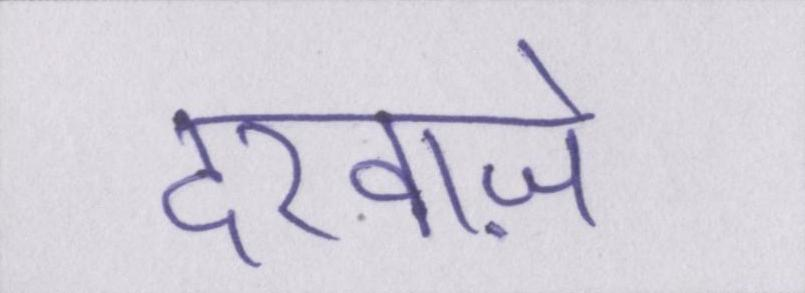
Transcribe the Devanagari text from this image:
दरवाज़े